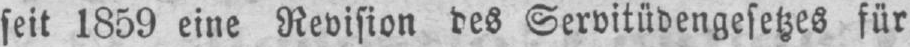
seit 1859 eine Revision des Servitüdengesetzes für